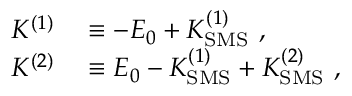
\begin{array} { r l } { K ^ { ( 1 ) } } & { { } \equiv - E _ { 0 } + K _ { \mathrm { S M S } } ^ { ( 1 ) } \ , } \\ { K ^ { ( 2 ) } } & { { } \equiv E _ { 0 } - K _ { \mathrm { S M S } } ^ { ( 1 ) } + K _ { \mathrm { S M S } } ^ { ( 2 ) } \ , } \end{array}